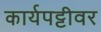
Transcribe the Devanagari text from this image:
कार्यपट्टीवर